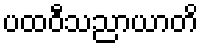
ပထဝီသညာယာတိ